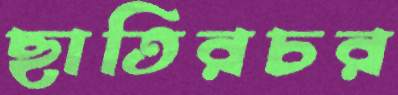
ছাতিরচর